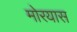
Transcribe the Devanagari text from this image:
मोरयास